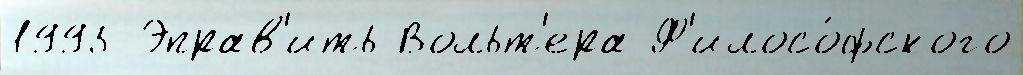
1995 Эправ'ить Вольт'ера Ф'илосо́фского